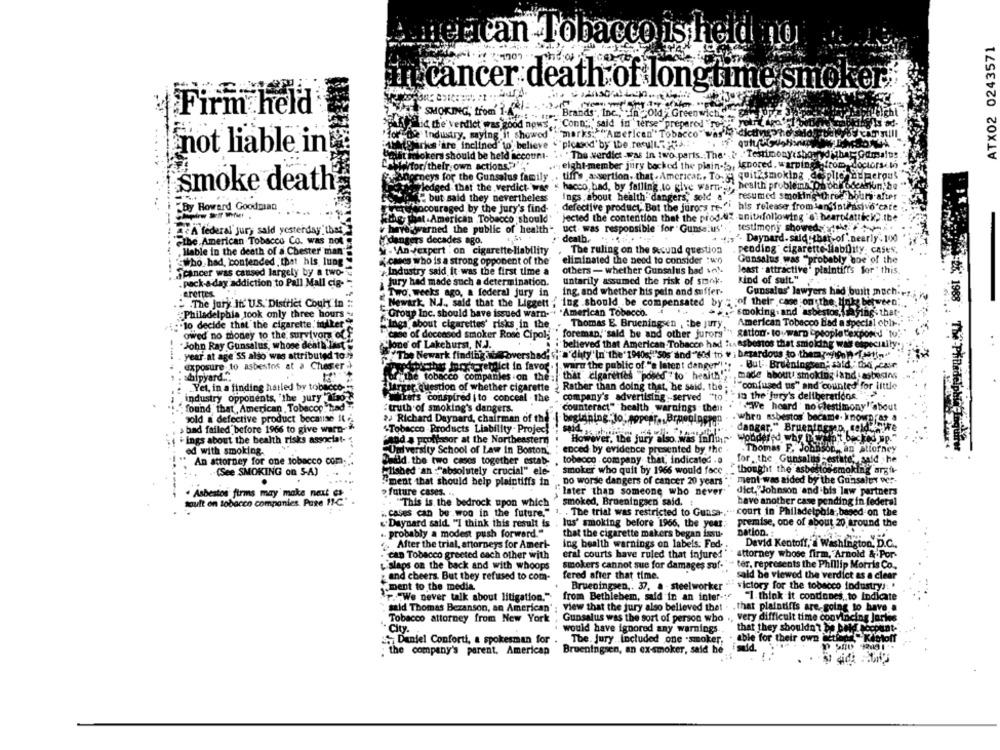
ATX02 0243571
theacan Tobacco is held mio
i cancer death of long time smoker.
SMOKING, trom ?. -
Firm held
"Brands", Inc ., inc Old > Greenwich
tid the' verdict was good nows
"Conn ;, " said in 'terse" prepared "To
De Industry, saying it showed : marks: ""American" Tobacco"
""picasod'by the result.Tous.
not liable in
rhs are inclined' to believe
mokers should be held account-
"The verdict-was in two parts .. The. & 'Testimonyishornydihar Gamulus
Wtor/their own actions,""
eight-member jury backed the plain-", Ignored, warping -from doctorsil
L' neys for the Gunsalus family
tiff's assertion, that. Americar ., To- quit smoking desplie numerous
smoke death
fledged that the verdict- wie
health problems On oh bocknun, be
hacco bad, by falling to give wart-
resumed smoking three hours after
but said they nevertheless
Ings about health" dangers, sold a"
By Howard Goodman
Arme encouraged by the jury's find-
defective product, But the jurors re -? i his release from lansintrasivo'care
jected the contention that the prod diz -unitsfollowing "e" bearblattick, . ibe
Che that . American Tobacco should"
A federal jury said yesterday" that
v have warned the public of health".
uct was responsible for Gunsa:us'
testimony showed !!!
dangers decades ago.
dealb. .. ..
'- Daypard. sald-tbar-of nearly . 100
ethe American Tobacco Co. was not
.Ilable in the death of a Chester man"
.'An vexpert . on cigarette-liability
The ruling on the accund question
pending" cigarette liability. cases,
who had, contended that his lung
.cases who is a strong opponent of the'
eliminated the need to consider : wo
Gunsalus was "probably boe of the
Industry said it-was the first time a
others - whether Gunsalus had ve !-
least . attractive' plaintiffs for ' this
cancer was caused largely by a two-
kind of suit."
pack-a-day addiction to Pall Mall cia-
Jury had made such a determination.
untarily assumed the risk of smok.
erettes
Two, weeks ago, a federal jury in
ing. and whether his pein and suffer-
Gunsalos' lawyers had built much ...
.7- 1988
- . The jury Its U.S. District Cogh in
Newark N.J ., said that the Liggett , ing .should be compensated by " of their,case on the links between
#Philadelphia took only three hours
Group Inc. should have issued warn-"+ "American Tobacco.
smoking. and asbestos, fafing . that
Thomas E. Brueningsen :be jury
American Tobacco Bad a special obli --
to decide that the cigarette. miker"
"Ines, about cigarettes' risks in the
owed no money to the survivors of'
"case of deceased smoker Rose Cipol,"
foreman, sald be and other jurors
gation - toward "people "expord "to .-
John Ray Gunsalus, whose death Last
lone of Lakehurst, N.J.
: believed that American Tobacco had hx Asbestos that smoking was especially.
year-at age 55 also was attributed 10
""The Newark finding dbmovershad; ","a'dhty"In the'1940s"""Sos" and "6od to v ; bezardous to themagicofsim
---
exposure to asbestos at a Chester
torretoict in favor. 1 warn the public of "e latent danger'l ., . But: Brueningsen; said "the cair
shipyard.".
arythe tobacco companies on the :, that" cigarettes "posed to' health", made about! smoking land asbegins
6-Phunder'
.Yet, in a finding hatled by tobacco-
ParErt. Question of whether cigarette > Rather than doing that, he said. the ; .
""confused us" and counted for little
industry opponents, 'the jury "Nao
Wirers conspired i to conceal . the
company's advertising .served "to"
"in the jury's deliberations."
found that, American Tobacop bad
:truth of smoking's dangers.
counteract" health warnings then
F.We hoard ' no Flestimony" about
gold a defective product because it
a Richard Daypard, chairman of the
beginning. Jo, popear. Brmegigcpen
. whro asbestos' became- known as a
> bad failed before 1966 to give warn-
said
danger." Brueningsen ,, cold - We
"Tobacco -Products Liability . Projec
ings about the bealth risks associat-
'and a professor at the Northeastern
However, the jury also. was Inhur Wondered why Dodp;
ed with smoking.
University School of Law In Boston,
enced by evidence presented by the .
. Thomas F. Jonsson,
Bson ,, an attorney
for . the Gunsaluts -estate' said .he
An attorney for one tobacco com.
Padld. the two cases together estab , tobacco . company that, indicated . a
-(See SMOKING on SA)
"Iished "an :"absolutely crucial" ele-
Smoker who quit by 1966 would foce
thought the asbestossmoking argi-
no worse dangers of cancer 20 years
ment was aided by the Gunsaley ve :-
"ment that should help plaintiffs in
. Asbestos firms may make nast es
future cases.
later than someone who never
dict."Johnson and bis law partners
soult on tobacco companies. Page 11-C."
"This is the bedrock upon which
smoked, Brueningsen said. :
have another case pending in federal
. cases can be won in the future," 1. . The trial was restricted to Gunsa -.
-. court in Philadelphia, based on the
"Daynard said. "I think this result is , lus' smoking before 1966, the year.
premise, one of about 20 around the
.. probably a modest push forward."
Dation. :
that the cigarette makers began issu-
After the trial, attorneys for Ameri-
ing health warnings on labels: Fed-
David Kentoff, a Washington, D.C ..
can Tobacco greeted each other with
eral courts have ruled that injured
attorney whose firm, Arnold & Por-
& slaps on the back and with whoops
smokers cannot sue for damages suf-
ter. represents the Phillip Morris Co.
and cheers. But they refused to com-
fered after that time.
said be viewed the verdict as a clear
ment to the media.
victory for the tobacco industrys: '
Brueningsen ,. 37, a - steelworker
F. "We never talk about litigation."
from Bethlehem, said in an inter-
"I think it condones, to Indicate
said Thomas Bezanson, an American'
view that the jury also believed that
. that plaintiffs are going to have a
Tobacco attorney from New York
Gunsalus was the sort of person who
very difficult time convincing Jorles
- City.
would have ignored any warnings ..
that they shouldn't be bald hochant-
able for their own jetiens " Kistoff
Daniel Conforti, a spokesman for
The. Jury included one -smoker,
the company's parent. American
Brueningsen, an ex-smoker, said he